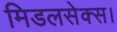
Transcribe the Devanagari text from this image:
मिडलसेक्स।